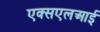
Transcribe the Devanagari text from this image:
एक्सएलआई